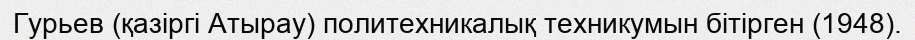
Гурьев (қазіргі Атырау) политехникалық техникумын бітірген (1948).